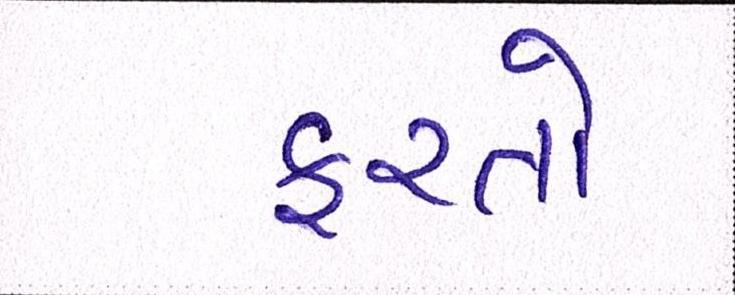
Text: ફરતો